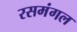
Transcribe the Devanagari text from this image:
रसमंगल